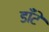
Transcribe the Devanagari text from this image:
डाँटे